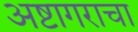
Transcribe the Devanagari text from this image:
अष्टागराचा